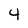
Character: 4